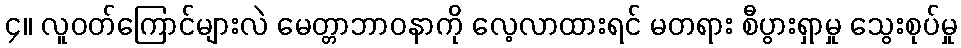
၄။ လူဝတ်ကြောင်များလဲ မေတ္တာဘာဝနာကို လေ့လာထားရင် မတရား စီပွားရှာမှု သွေးစုပ်မှု